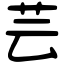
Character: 芸